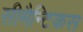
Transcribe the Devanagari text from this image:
सीमैन्टिकस